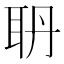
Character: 𦕃